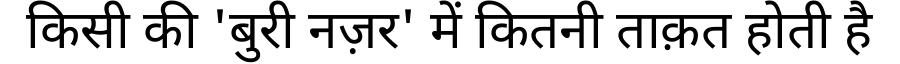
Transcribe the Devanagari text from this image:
किसी की 'बुरी नज़र' में कितनी ताक़त होती है